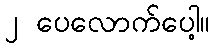
၂ ပေလောက်ပေါ့။